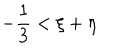
LaTeX: - { \frac { 1 } { 3 } } < \xi + \eta